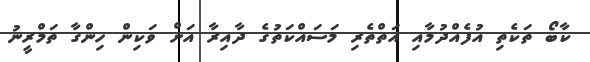
ކާބޯ ތަކެތި އުފެއްދުމާއި އަތްތެރި މަސައްކަތުގެ ދާއިރާ އަށް ވަކިން ހިންގާ ތަމްރީނު